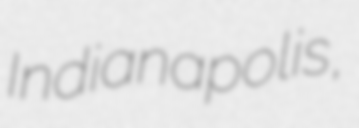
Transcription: Indianapolis,